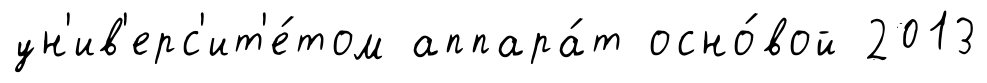
ун'ив'ерс'ит'е́том аппара́т осно́вой 2013